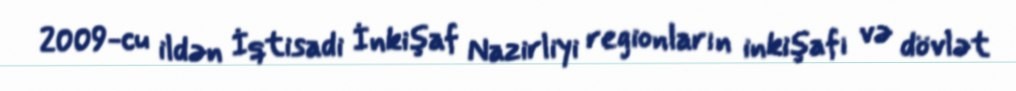
2009-cu ildən İqtisadi İnkişaf Nazirliyi regionların inkişafı və dövlət